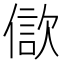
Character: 𣣢